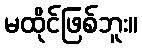
မထိုင်ဖြစ်ဘူး။